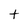
Character: t